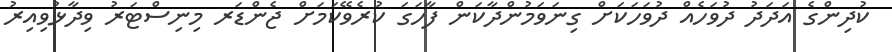
ކުދިންގެ އަދަދު ދުވަހެއް ދުވަހަކަށް ގިނަވަމުންދާކަން ފާހަގަ ކުރެވޭކަމަށް ޖެންޑަރ މިނިސްޓަރު ވިދާޅުވިއިރު